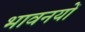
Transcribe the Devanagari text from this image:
भावनयों